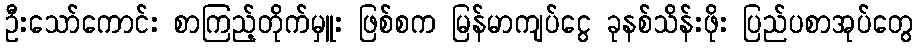
ဦးသော်ကောင်း စာကြည့်တိုက်မှူး ဖြစ်စက မြန်မာကျပ်ငွေ ခုနစ်သိန်းဖိုး ပြည်ပစာအုပ်တွေ